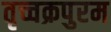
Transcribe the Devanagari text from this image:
तृच्चक्रपुरम